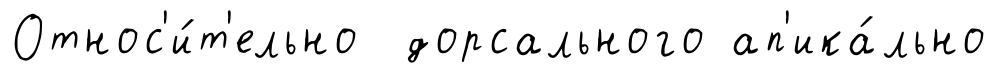
Относ'и́т'ельно дорсального ап'ика́льно